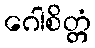
ဂေါစိတ္တံ